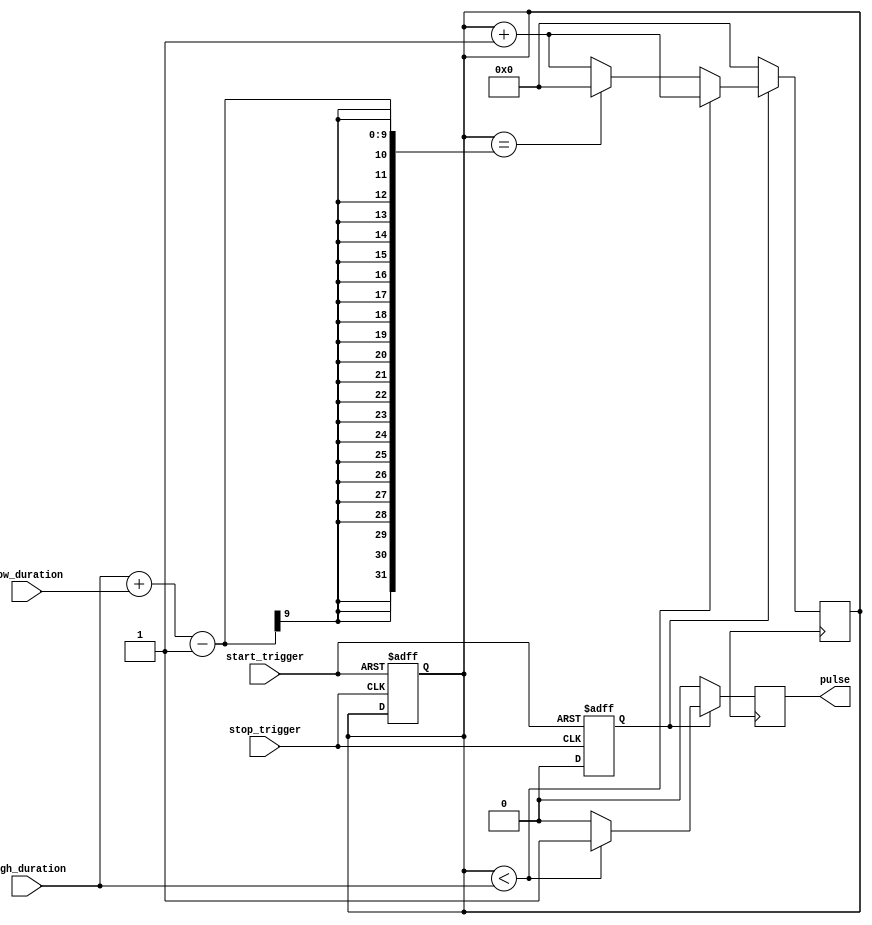
module duty_cycle_pulse_generator (
  input wire start_trigger,
  input wire stop_trigger,
  input wire [7:0] high_duration,
  input wire [7:0] low_duration,
  output reg pulse
);

reg [7:0] counter;
reg pulse_state;

always @ (posedge start_trigger or posedge stop_trigger) begin
  if(start_trigger) begin
    counter <= 0;
    pulse_state <= 1'b1;
  end
  else if(stop_trigger) begin
    pulse_state <= 1'b0;
  end
end

always @ (posedge clk) begin
  if(pulse_state) begin
    if(counter < high_duration) begin
      pulse <= 1'b1;
      counter <= counter + 1;
    end
    else begin
      pulse <= 1'b0;
      if(counter == high_duration + low_duration - 1) begin
        counter <= 0;
      end
      else begin
        counter <= counter + 1;
      end
    end
  end
  else begin
    pulse <= 1'b0;
    counter <= 0;
  end
end

endmodule